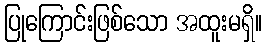
ပြုကြောင်းဖြစ်သော အထူးမရှိ။